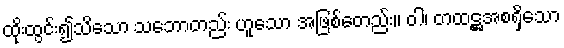
ထိုးထွင်း၍သိသော သဘောတည်း ဟူသော အဖြစ်တေည်း။ ဝါ၊ တထဋ္ဌအစရှိသော